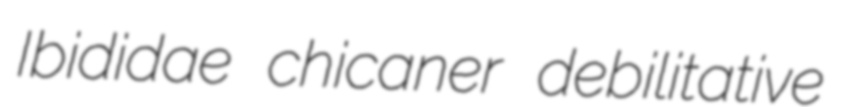
Ibididae chicaner debilitative